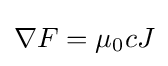
\nabla F=\mu _{0}cJ